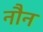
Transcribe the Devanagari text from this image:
नौन